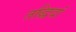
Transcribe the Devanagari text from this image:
तद्धिदां